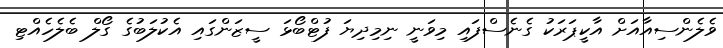
ވެލެންސިއާއަށް އާކީޕަރަކު ގެނެސްފައި މިވަނީ ނިމިދިޔަ ފުޓްބޯޅަ ސީޒަންގައި އެކުލަބުގެ ގޯލް ބެލެހެއްޓި